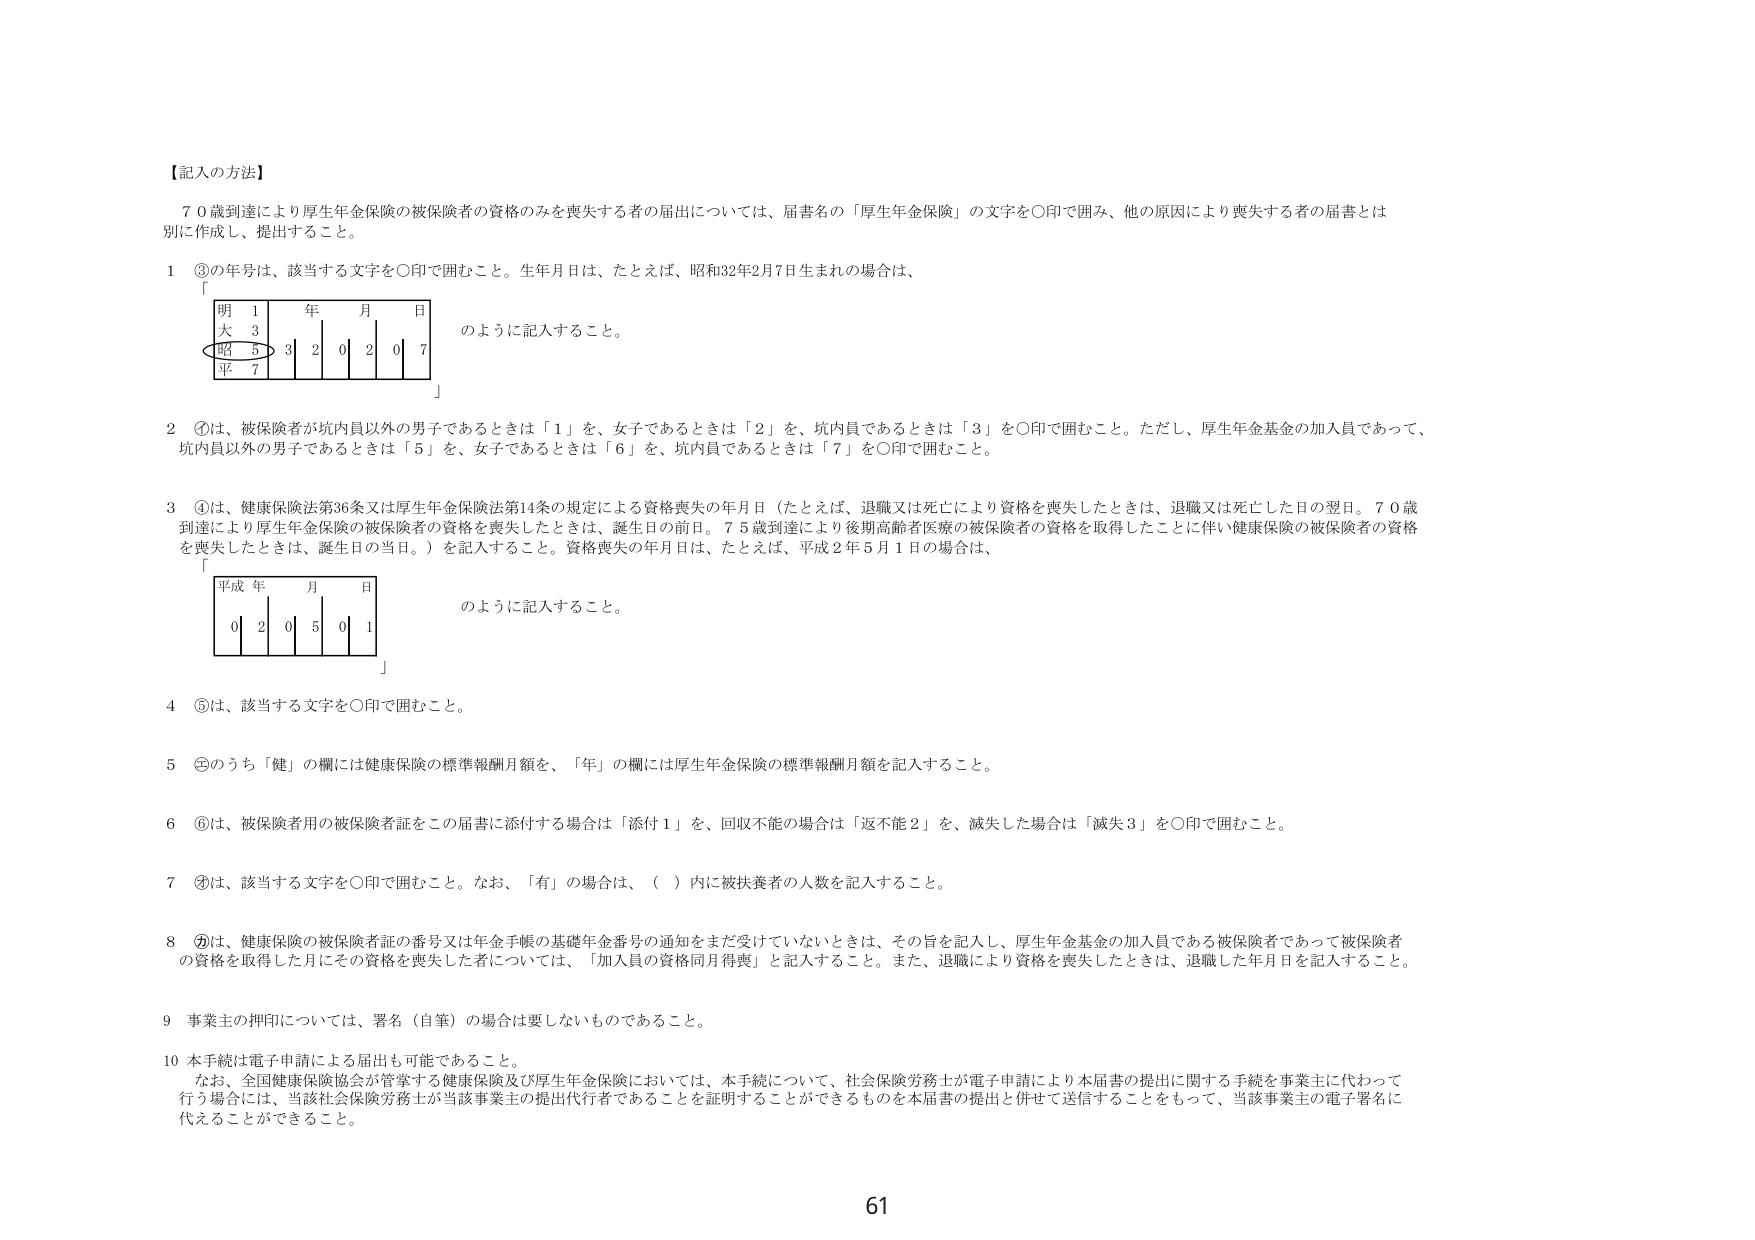
【記入の方法】

７０歳到達により厚生年金保険の被保険者の資格のみを喪失する者の届出については、届書名の「厚生年金保険」の文字を○印で囲み、他の原因により喪失する者の届書とは別に作成し、提出すること。

１ ③の年号は、該当する文字を○印で囲むこと。生年月日は、たとえば、昭和32年2月7日生まれの場合は、
明 1 年 月 日
大 3
昭 5 3 2 0 2 0 7
平 7
のように記入すること。

２ ①は、被保険者が坑内員以外の男子であるときは「１」を、女子であるときは「２」を、坑内員であるときは「３」を○印で囲むこと。ただし、厚生年金基金の加入員であって、坑内員以外の男子であるときは「５」を、女子であるときは「６」を、坑内員であるときは「７」を○印で囲むこと。

３ ④は、健康保険法第36条又は厚生年金保険法第14条の規定による資格喪失の年月日（たとえば、退職又は死亡により資格を喪失したときは、退職又は死亡した日の翌日。７０歳到達により厚生年金保険の被保険者の資格を喪失したときは、誕生日の前日。７５歳到達により後期高齢者医療の被保険者の資格を取得したことに伴い健康保険の被保険者の資格を喪失したときは、誕生日の当日。）を記入すること。資格喪失の年月日は、たとえば、平成２年５月１日の場合は、
平成 年 月 日
0 2 0 5 0 1
のように記入すること。

４ ⑤は、該当する文字を○印で囲むこと。

５ ②のうち「健」の欄には健康保険の標準報酬月額を、「年」の欄には厚生年金保険の標準報酬月額を記入すること。

６ ⑥は、被保険者用の被保険者証をこの届書に添付する場合は「添付１」を、回収不能の場合は「返不能２」を、滅失した場合は「滅失３」を○印で囲むこと。

７ ⑦は、該当する文字を○印で囲むこと。なお、「有」の場合は、（ ）内に被扶養者の人数を記入すること。

８ ⑧は、健康保険の被保険者証の番号又は年金手帳の基礎年金番号の通知をまだ受けていないときは、その旨を記入し、厚生年金基金の加入員である被保険者であって被保険者の資格を取得した月にその資格を喪失した者については、「加入員の資格同月得喪」と記入すること。また、退職により資格を喪失したときは、退職した年月日を記入すること。

９ 事業主の押印については、署名（自筆）の場合は要しないものであること。

10 本手続は電子申請による届出も可能であること。
なお、全国健康保険協会が管掌する健康保険及び厚生年金保険においては、本手続について、社会保険労務士が電子申請により本届書の提出に関する手続を事業主に代わって行う場合には、当該社会保険労務士が当該事業主の提出代行者であることを証明することができるものを本届書の提出と併せて送信することをもって、当該事業主の電子署名に代えることができる。

61